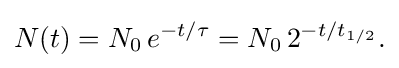
N(t)=N_{0}\,e^{-t/\tau }=N_{0}\,2^{-t/t_{1/2}}.\,\!